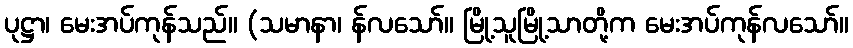
ပုဋ္ဌာ၊ မေးအပ်ကုန်သည်။ (သမာနာ၊ န်လသော်။ မြို့သူမြို့သာတို့က မေးအပ်ကုန်လသော်။